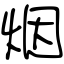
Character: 烟